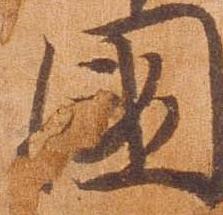
国